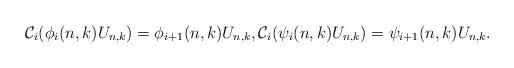
LaTeX: \begin{align*} \mathcal C_i(\phi_i(n,k)U_{n,k})=\phi_{i+1}(n,k)U_{n,k},\mathcal C_i(\psi_i(n,k)U_{n,k})=\psi_{i+1}(n,k)U_{n,k}.\end{align*}